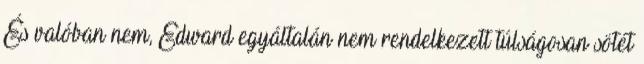
És valóban nem, Edward egyáltalán nem rendelkezett túlságosan sötét